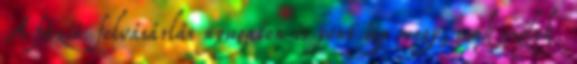
A fúzió felvásárlás nyugaton is pont így megy, csak szólok.